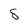
Character: 8